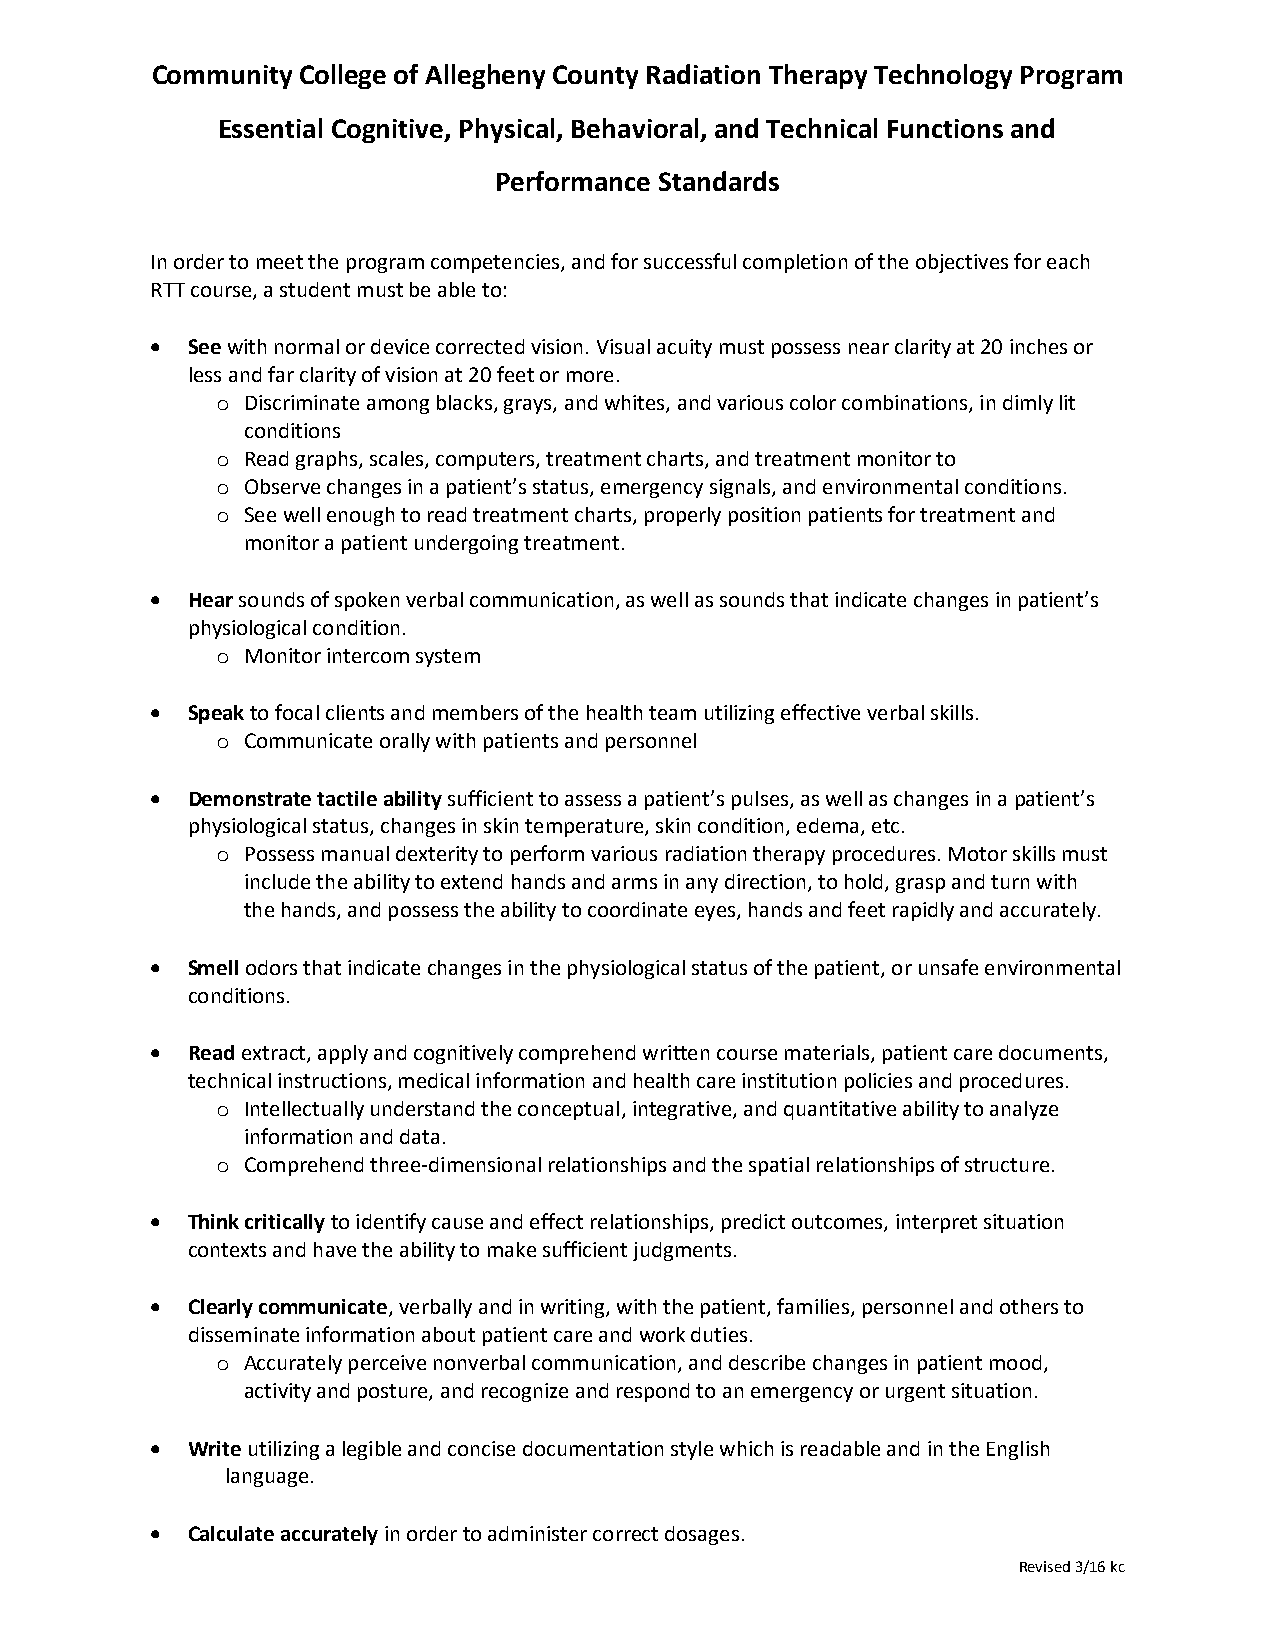
Community College of Allegheny County Radiation Therapy Technology Program
 Essential Cognitive, Physical, Behavioral, and Technical Functions and
 Performance Standards
 In order to meet the program competencies, and for successful completion of the objectives for each
 RTT course, a student must be able to:
  See with normal or device corrected vision. Visual acuity must possess near clarity at 20 inches or
 less and far clarity of vision at 20 feet or more.
 o Discriminate among blacks, grays, and whites, and various color combinations, in dimly lit
 conditions
 o Read graphs, scales, computers, treatment charts, and treatment monitor to
 o Observe changes in a patient’s status, emergency signals, and environmental conditions.
 o See well enough to read treatment charts, properly position patients for treatment and
 monitor a patient undergoing treatment.
  Hear sounds of spoken verbal communication, as well as sounds that indicate changes in patient’s
 physiological condition.
 o Monitor intercom system
  Speak to focal clients and members of the health team utilizing effective verbal skills.
 o Communicate orally with patients and personnel
  Demonstrate tactile ability sufficient to assess a patient’s pulses, as well as changes in a patient’s
 physiological status, changes in skin temperature, skin condition, edema, etc.
 o Possess manual dexterity to perform various radiation therapy procedures. Motor skills must
 include the ability to extend hands and arms in any direction, to hold, grasp and turn with
 the hands, and possess the ability to coordinate eyes, hands and feet rapidly and accurately.
  Smell odors that indicate changes in the physiological status of the patient, or unsafe environmental
 conditions.
  Read extract, apply and cognitively comprehend written course materials, patient care documents,
 technical instructions, medical information and health care institution policies and procedures.
 o Intellectually understand the conceptual, integrative, and quantitative ability to analyze
 information and data.
 o Comprehend three-dimensional relationships and the spatial relationships of structure.
  Think critically to identify cause and effect relationships, predict outcomes, interpret situation
 contexts and have the ability to make sufficient judgments.
  Clearly communicate, verbally and in writing, with the patient, families, personnel and others to
 disseminate information about patient care and work duties.
 o Accurately perceive nonverbal communication, and describe changes in patient mood,
 activity and posture, and recognize and respond to an emergency or urgent situation.
  Write utilizing a legible and concise documentation style which is readable and in the English
 language.
  Calculate accurately in order to administer correct dosages.
 Revised 3/16 kc